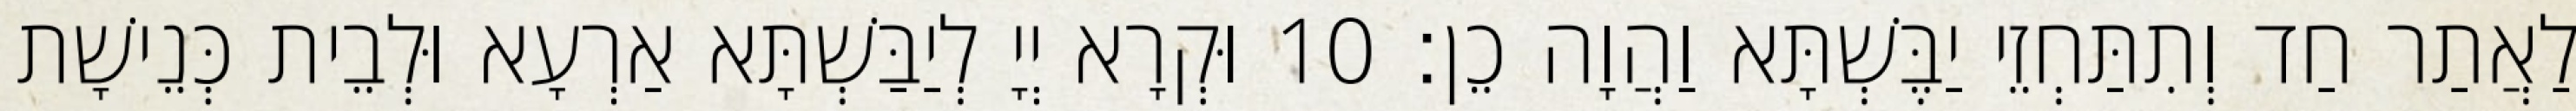
לַאֲתַר חַד וְתִתַּחְזֵי יַבֶּשְׁתָּא וַהֲוָה כֵן׃ 10 וּקְרָא יְיָ לְיַבַּשְׁתָּא אַרְעָא וּלְבֵית כְּנֵישָׁת